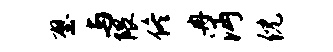
壁与隈佟冉沔倪